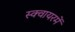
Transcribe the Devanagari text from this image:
स्क्वायरमें